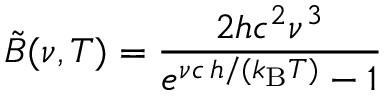
\tilde { B } ( \nu , T ) = \frac { 2 h c ^ { 2 } \nu ^ { 3 } } { e ^ { \nu c \, h / ( k _ { \mathrm { B } } T ) } - 1 }